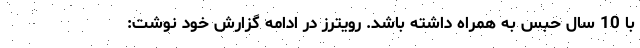
با 10 سال حبس به همراه داشته باشد. رویترز در ادامه گزارش خود نوشت: